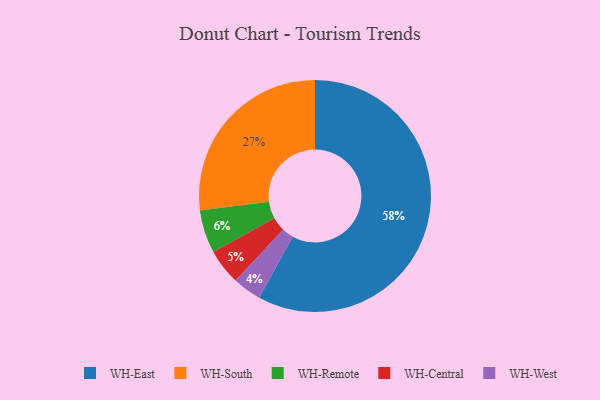
{"axis": {"x": "Category", "y": "Percentage"}, "legend": ["WH-Central", "WH-East", "WH-Remote", "WH-South", "WH-West"], "data": [{"x": "WH-Central", "y": 5, "type": "WH-Central"}, {"x": "WH-South", "y": 27, "type": "WH-South"}, {"x": "WH-East", "y": 58, "type": "WH-East"}, {"x": "WH-West", "y": 4, "type": "WH-West"}, {"x": "WH-Remote", "y": 6, "type": "WH-Remote"}]}